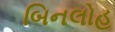
બિનલોહ